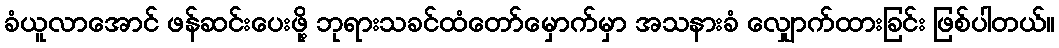
ခံယူလာအောင် ဖန်ဆင်းပေးဖို့ ဘုရားသခင်ထံတော်မှောက်မှာ အသနားခံ လျှောက်ထားခြင်း ဖြစ်ပါတယ်။